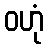
ဝဟုံ